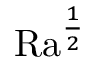
\mathrm { { R a } } ^ { \frac 1 2 }